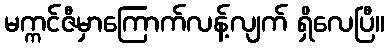
မက္ကင်ဇီမှာကြောက်လန့်လျက် ရှိလေပြီ။